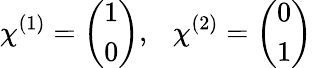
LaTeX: \chi^{(1)}=\left(\begin{array}{c}{{1}}\\ {{0}}\end{array}\right),\ \ \ \chi^{(2)}=\left(\begin{array}{c}{{0}}\\ {{1}}\end{array}\right)